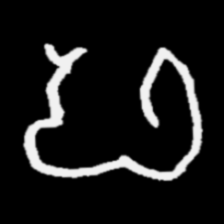
Pyu character \u2014 Myanmar letter: ဖ (romanized: pha)